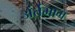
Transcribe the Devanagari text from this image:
अंर्तभाग